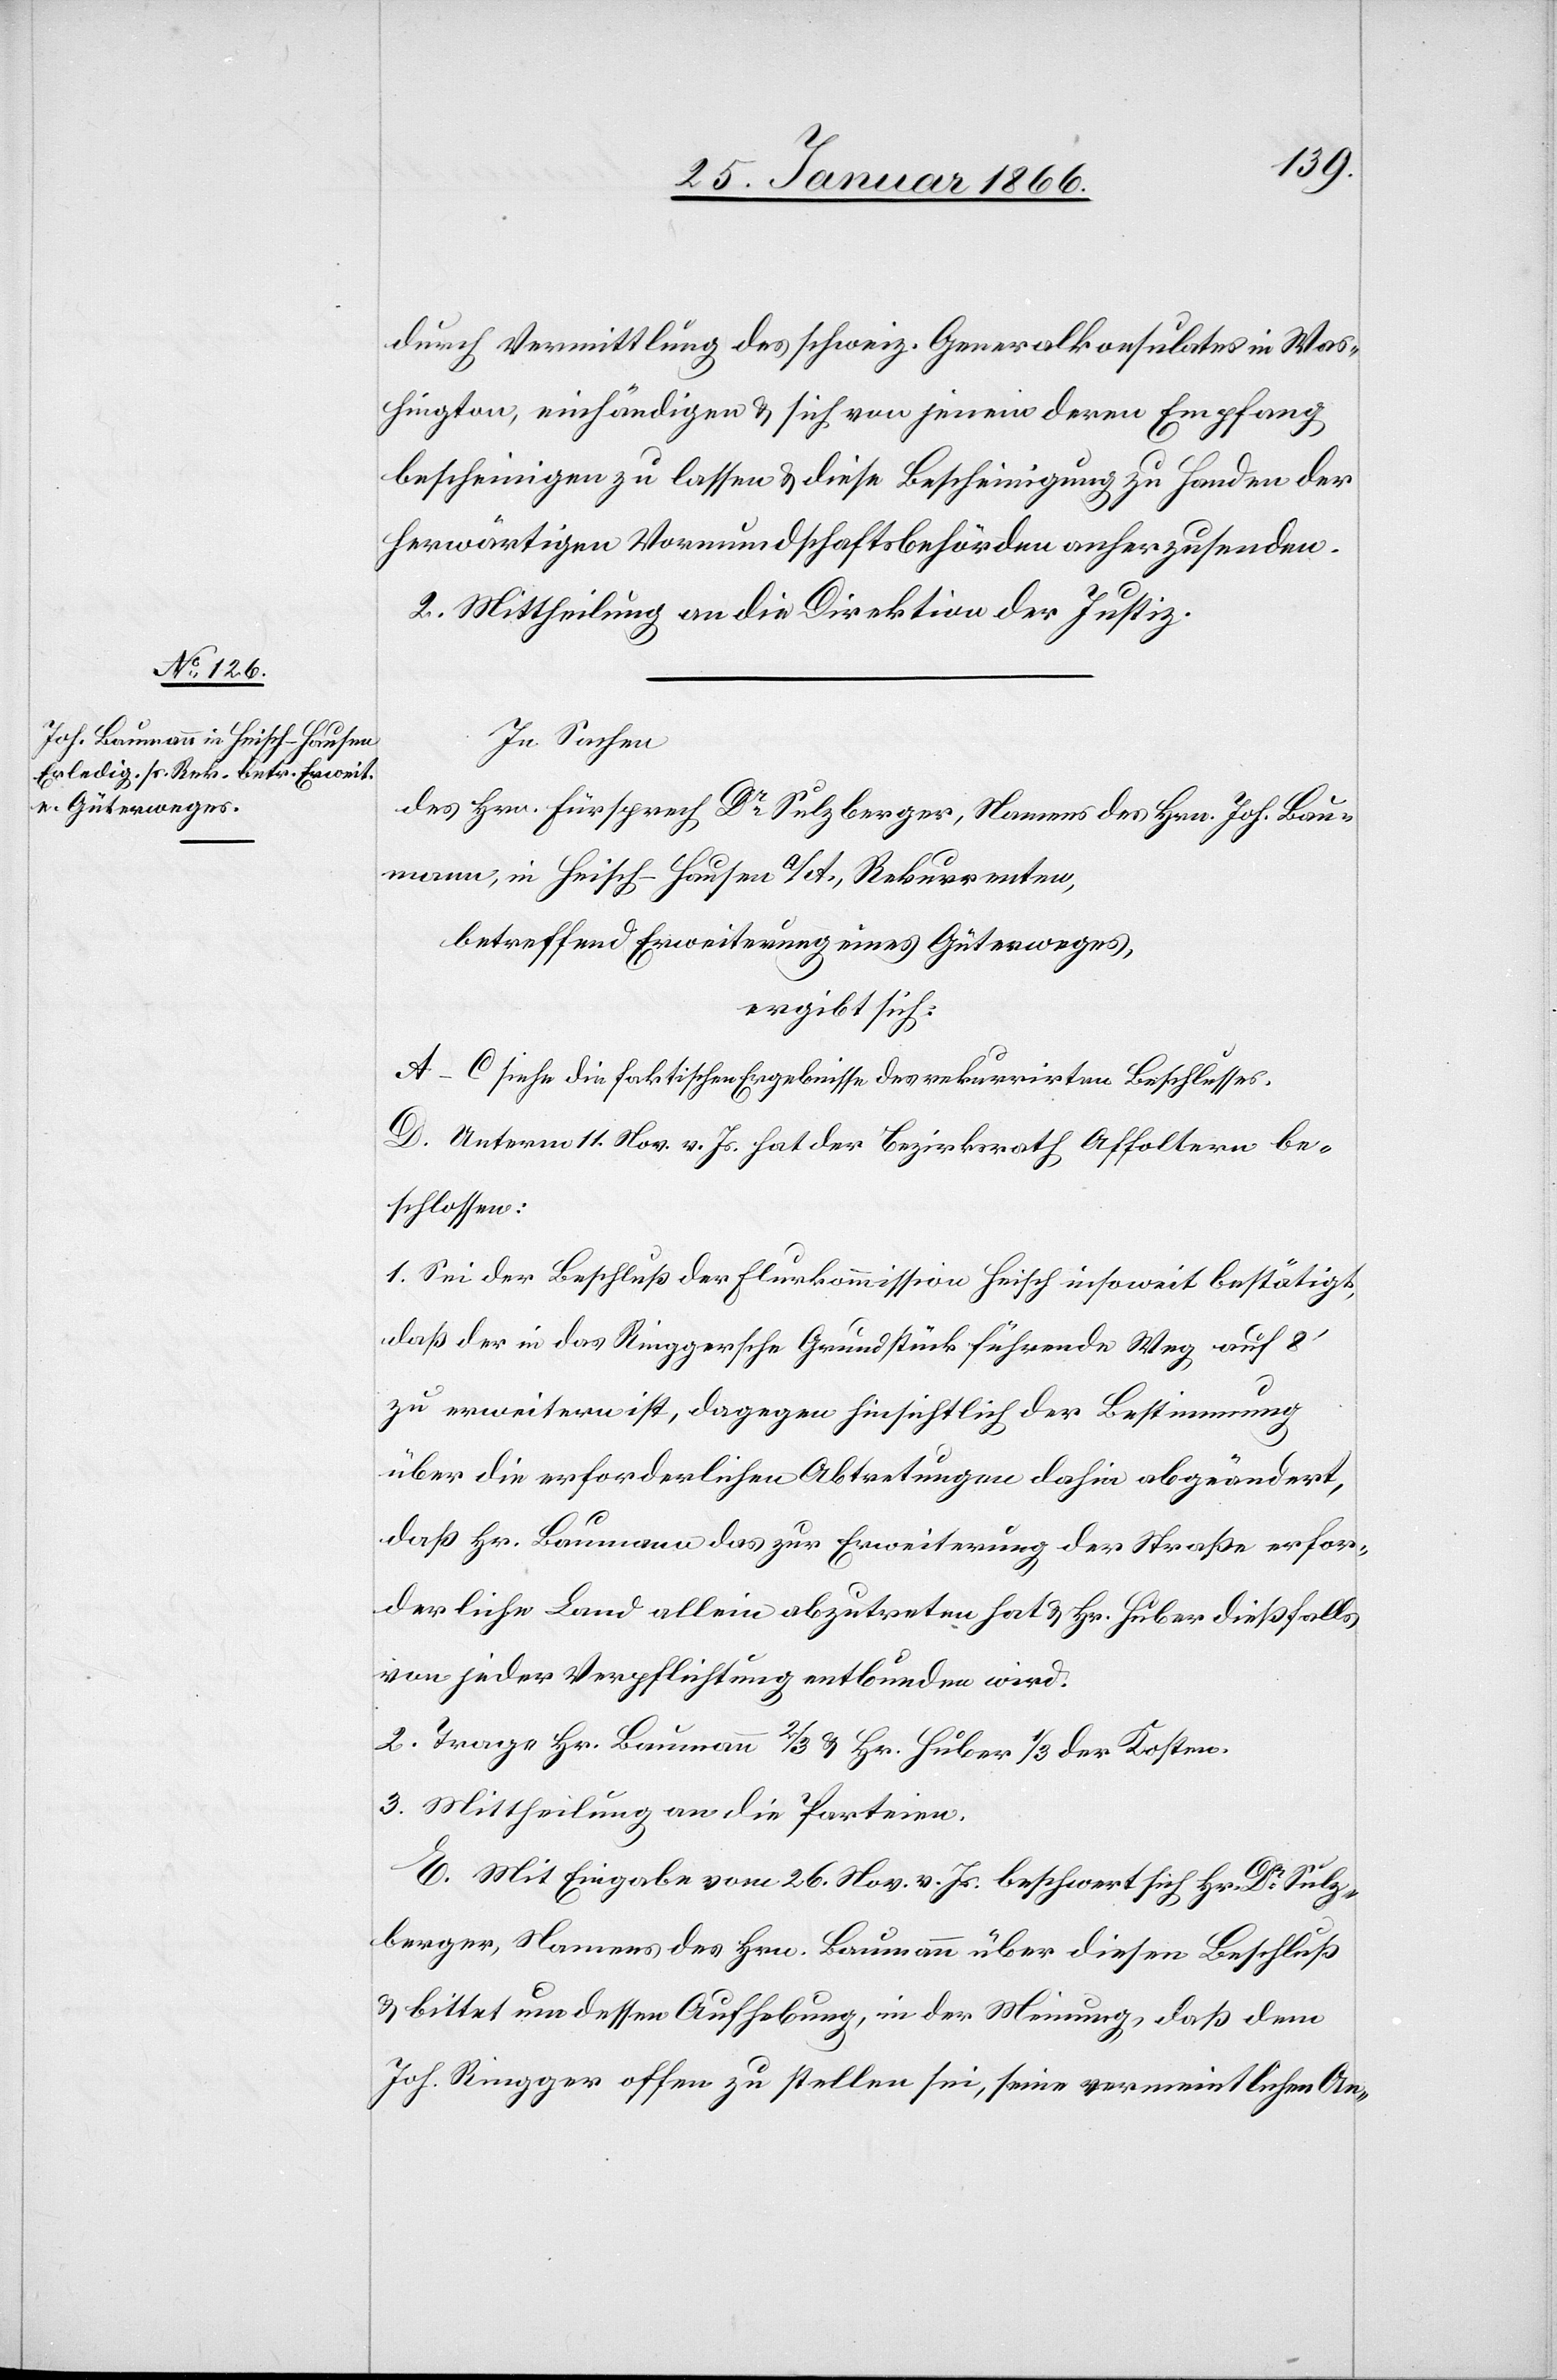
durch Vermittlung des schweiz. Generalkonsulates in Was¬
hington, einhändigen u. sich von jenem deren Empfang
bescheinigen zu lassen u. diese Bescheinigung zu Handen der
herwärtigen Vormundschaftsbehörden anherzusenden.
2. Mittheilung an die Direktion der Justiz.
In Sachen
des Hrn. Fürsprech Dr. Sulzberger, Namens des Hrn. Joh. Bau¬
mann, in Heisch-Hausen a/A., Rekurrenten,
betreffend Erweiterung eines Güterweges,
ergibt sich:
A–C siehe die faktischen Ergebnisse des rekurrirten Beschlusses.
D. Unterm 11. Nov. v. Js. hat der Bezirksrath Affoltern be¬
schlossen:
1. Sei der Beschluß der Flurkommission Heisch insoweit bestätigt,
daß der in das Ringgersche Grundstück führende Weg auch 8‘
zu erweitern ist, dagegen hinsichtlich der Bestimmung
über die erforderlichen Abtretungen dahin abgeändert,
daß Hr. Baumann das zur Erweiterung der Straße erfor¬
derliche Land allein abzutreten hat u. Hr. Huber dießfalls
von jeder Verpflichtung entbunden wird.
2. Trage Hr. Baumann ⅔ u. Hr. Huber ⅓ der Kosten.
3. Mittheilung an die Parteien.
E. Mit Eingabe vom 26. Nov. v. Js. beschwert sich Hr. Dr. Sulz¬
berger, Namens des Hrn. Baumann über diesen Beschluß
u. bittet um dessen Aufhebung, in der Meinung, daß dem
Joh. Ringger offen zu stellen sei, seine vermeintlichen An-